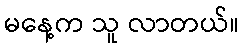
မနေ့က သူ လာတယ်။